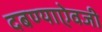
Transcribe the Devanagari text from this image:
दबण्याऐवजी